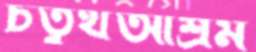
চতুর্থআশ্রম